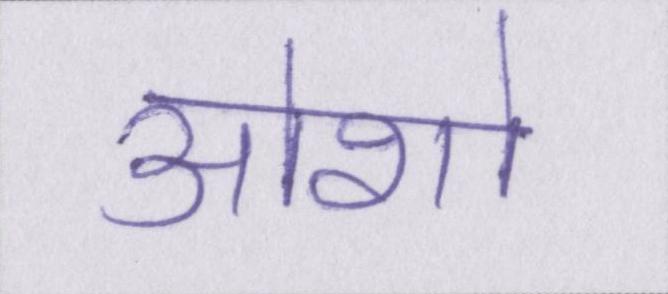
ओशो